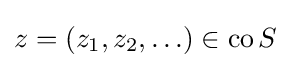
z=(z_{1},z_{2},\ldots )\in \operatorname {co} S